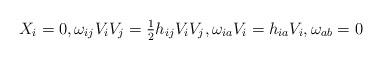
LaTeX: \begin{align*}X_i= 0, \omega_{ij}V_i V_j = \tfrac{1}{2} h_{ij}V_i V_j, \omega_{ia}V_i = h_{ia}V_i, \omega_{ab} = 0\end{align*}